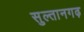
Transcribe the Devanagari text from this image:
सुल्तानगढ़